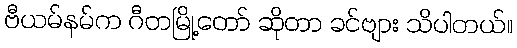
ဗီယမ်နမ်က ဂီတမြို့တော် ဆိုတာ ခင်ဗျား သိပါတယ်။